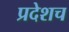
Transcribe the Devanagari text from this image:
प्रदेशच